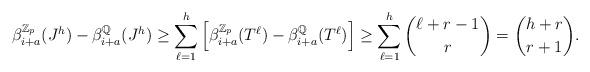
LaTeX: \begin{align*}\beta^{\mathbb{Z}_p}_{i+a}(J^{h})-\beta^{\mathbb Q}_{i+a}(J^{h}) \geq \sum_{\ell=1}^h \left[\beta^{\mathbb{Z}_p}_{i+a}(T^{\ell})-\beta^{\mathbb Q}_{i+a}(T^{\ell}) \right] \geq \sum_{\ell=1}^h \binom{\ell+r-1}{r}=\binom{h+r}{r+1}. \end{align*}